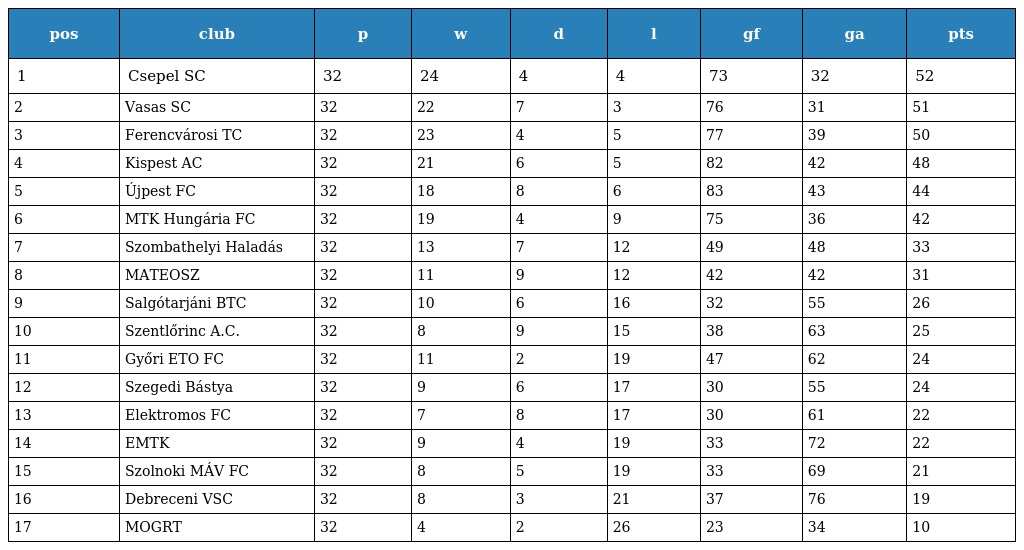
| pos | club | p | w | d | l | gf | ga | pts |
 | --- | --- | --- | --- | --- | --- | --- | --- | --- |
 | 1 | Csepel SC | 32 | 24 | 4 | 4 | 73 | 32 | 52 |
 | 2 | Vasas SC | 32 | 22 | 7 | 3 | 76 | 31 | 51 |
 | 3 | Ferencvárosi TC | 32 | 23 | 4 | 5 | 77 | 39 | 50 |
 | 4 | Kispest AC | 32 | 21 | 6 | 5 | 82 | 42 | 48 |
 | 5 | Újpest FC | 32 | 18 | 8 | 6 | 83 | 43 | 44 |
 | 6 | MTK Hungária FC | 32 | 19 | 4 | 9 | 75 | 36 | 42 |
 | 7 | Szombathelyi Haladás | 32 | 13 | 7 | 12 | 49 | 48 | 33 |
 | 8 | MATEOSZ | 32 | 11 | 9 | 12 | 42 | 42 | 31 |
 | 9 | Salgótarjáni BTC | 32 | 10 | 6 | 16 | 32 | 55 | 26 |
 | 10 | Szentlőrinc A.C. | 32 | 8 | 9 | 15 | 38 | 63 | 25 |
 | 11 | Győri ETO FC | 32 | 11 | 2 | 19 | 47 | 62 | 24 |
 | 12 | Szegedi Bástya | 32 | 9 | 6 | 17 | 30 | 55 | 24 |
 | 13 | Elektromos FC | 32 | 7 | 8 | 17 | 30 | 61 | 22 |
 | 14 | EMTK | 32 | 9 | 4 | 19 | 33 | 72 | 22 |
 | 15 | Szolnoki MÁV FC | 32 | 8 | 5 | 19 | 33 | 69 | 21 |
 | 16 | Debreceni VSC | 32 | 8 | 3 | 21 | 37 | 76 | 19 |
 | 17 | MOGRT | 32 | 4 | 2 | 26 | 23 | 34 | 10 |